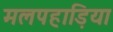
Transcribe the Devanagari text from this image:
मलपहाड़िया